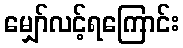
မျှော်လင့်ရကြောင်း